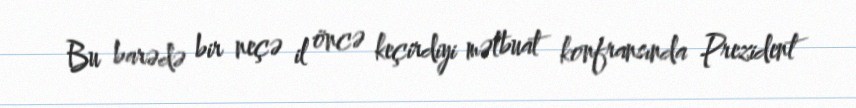
Bu barədə bir neçə il öncə keçirdiyi mətbuat konfransında Prezident